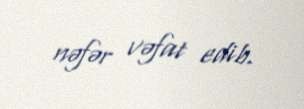
nəfər vəfat edib.